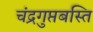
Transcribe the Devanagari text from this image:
चंद्रगुप्तबस्ति